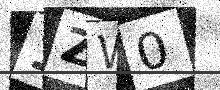
Text: 1ZW0